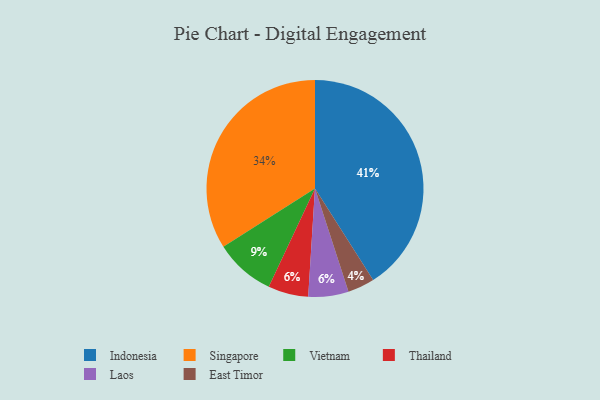
{"axis": {"x": "Category", "y": "Percentage"}, "legend": ["East Timor", "Indonesia", "Laos", "Singapore", "Thailand", "Vietnam"], "data": [{"x": "Thailand", "y": 6, "type": "Thailand"}, {"x": "Laos", "y": 6, "type": "Laos"}, {"x": "Vietnam", "y": 9, "type": "Vietnam"}, {"x": "Singapore", "y": 34, "type": "Singapore"}, {"x": "Indonesia", "y": 41, "type": "Indonesia"}, {"x": "East Timor", "y": 4, "type": "East Timor"}]}